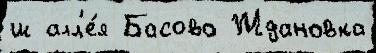
ш алл'е́я Басово Ждановка